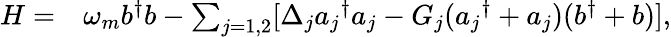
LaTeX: \begin{array}{rl}{H=}&{{}\omega_{m}b^{\dagger}b-\sum_{j=1,2}[\Delta_{j}{a_{j}}^{\dagger}a_{j}-G_{j}({a_{j}}^{\dagger}+a_{j})(b^{\dagger}+b)],}\end{array}